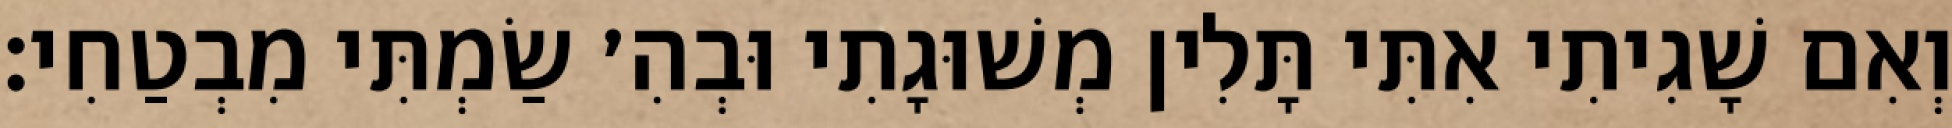
וְאִם שָׁגִיתִי אִתִּי תָּלִין מְשׁוּגָתִי וּבְהִ׳ שַׂמְתִּי מִבְטַחִי: